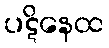
ပဋိနေထ